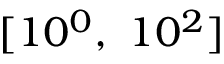
[ 1 0 ^ { 0 } , ~ 1 0 ^ { 2 } ]